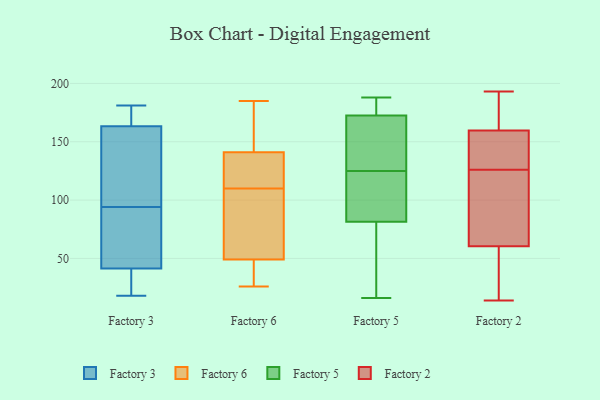
{"axis": {"x": "Energy Usage (MWh)", "y": "Value"}, "legend": ["Factory 2", "Factory 3", "Factory 5", "Factory 6"], "data": [{"x": "", "y": 57, "type": "Factory 3"}, {"x": "", "y": 75, "type": "Factory 3"}, {"x": "", "y": 181, "type": "Factory 3"}, {"x": "", "y": 117, "type": "Factory 3"}, {"x": "", "y": 122, "type": "Factory 3"}, {"x": "", "y": 18, "type": "Factory 3"}, {"x": "", "y": 177, "type": "Factory 3"}, {"x": "", "y": 36, "type": "Factory 3"}, {"x": "", "y": 94, "type": "Factory 3"}, {"x": "", "y": 181, "type": "Factory 3"}, {"x": "", "y": 20, "type": "Factory 3"}, {"x": "", "y": 135, "type": "Factory 6"}, {"x": "", "y": 180, "type": "Factory 6"}, {"x": "", "y": 185, "type": "Factory 6"}, {"x": "", "y": 52, "type": "Factory 6"}, {"x": "", "y": 48, "type": "Factory 6"}, {"x": "", "y": 43, "type": "Factory 6"}, {"x": "", "y": 32, "type": "Factory 6"}, {"x": "", "y": 110, "type": "Factory 6"}, {"x": "", "y": 168, "type": "Factory 6"}, {"x": "", "y": 133, "type": "Factory 6"}, {"x": "", "y": 60, "type": "Factory 6"}, {"x": "", "y": 143, "type": "Factory 6"}, {"x": "", "y": 26, "type": "Factory 6"}, {"x": "", "y": 79, "type": "Factory 6"}, {"x": "", "y": 119, "type": "Factory 6"}, {"x": "", "y": 172, "type": "Factory 5"}, {"x": "", "y": 62, "type": "Factory 5"}, {"x": "", "y": 35, "type": "Factory 5"}, {"x": "", "y": 157, "type": "Factory 5"}, {"x": "", "y": 173, "type": "Factory 5"}, {"x": "", "y": 174, "type": "Factory 5"}, {"x": "", "y": 107, "type": "Factory 5"}, {"x": "", "y": 179, "type": "Factory 5"}, {"x": "", "y": 62, "type": "Factory 5"}, {"x": "", "y": 116, "type": "Factory 5"}, {"x": "", "y": 183, "type": "Factory 5"}, {"x": "", "y": 52, "type": "Factory 5"}, {"x": "", "y": 16, "type": "Factory 5"}, {"x": "", "y": 163, "type": "Factory 5"}, {"x": "", "y": 140, "type": "Factory 5"}, {"x": "", "y": 106, "type": "Factory 5"}, {"x": "", "y": 188, "type": "Factory 5"}, {"x": "", "y": 101, "type": "Factory 5"}, {"x": "", "y": 133, "type": "Factory 5"}, {"x": "", "y": 117, "type": "Factory 5"}, {"x": "", "y": 121, "type": "Factory 2"}, {"x": "", "y": 178, "type": "Factory 2"}, {"x": "", "y": 138, "type": "Factory 2"}, {"x": "", "y": 132, "type": "Factory 2"}, {"x": "", "y": 126, "type": "Factory 2"}, {"x": "", "y": 14, "type": "Factory 2"}, {"x": "", "y": 59, "type": "Factory 2"}, {"x": "", "y": 193, "type": "Factory 2"}, {"x": "", "y": 168, "type": "Factory 2"}, {"x": "", "y": 157, "type": "Factory 2"}, {"x": "", "y": 82, "type": "Factory 2"}, {"x": "", "y": 46, "type": "Factory 2"}, {"x": "", "y": 61, "type": "Factory 2"}]}